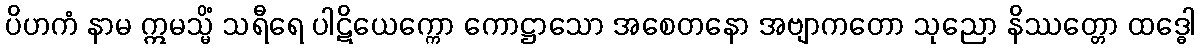
ပိဟကံ နာမ ဣမသ္မိံ သရီရေ ပါဋိယေက္ကော ကောဋ္ဌာသော အစေတနော အဗျာကတော သုညော နိဿတ္တော ထဒ္ဓေါ